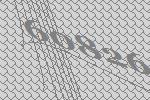
60826